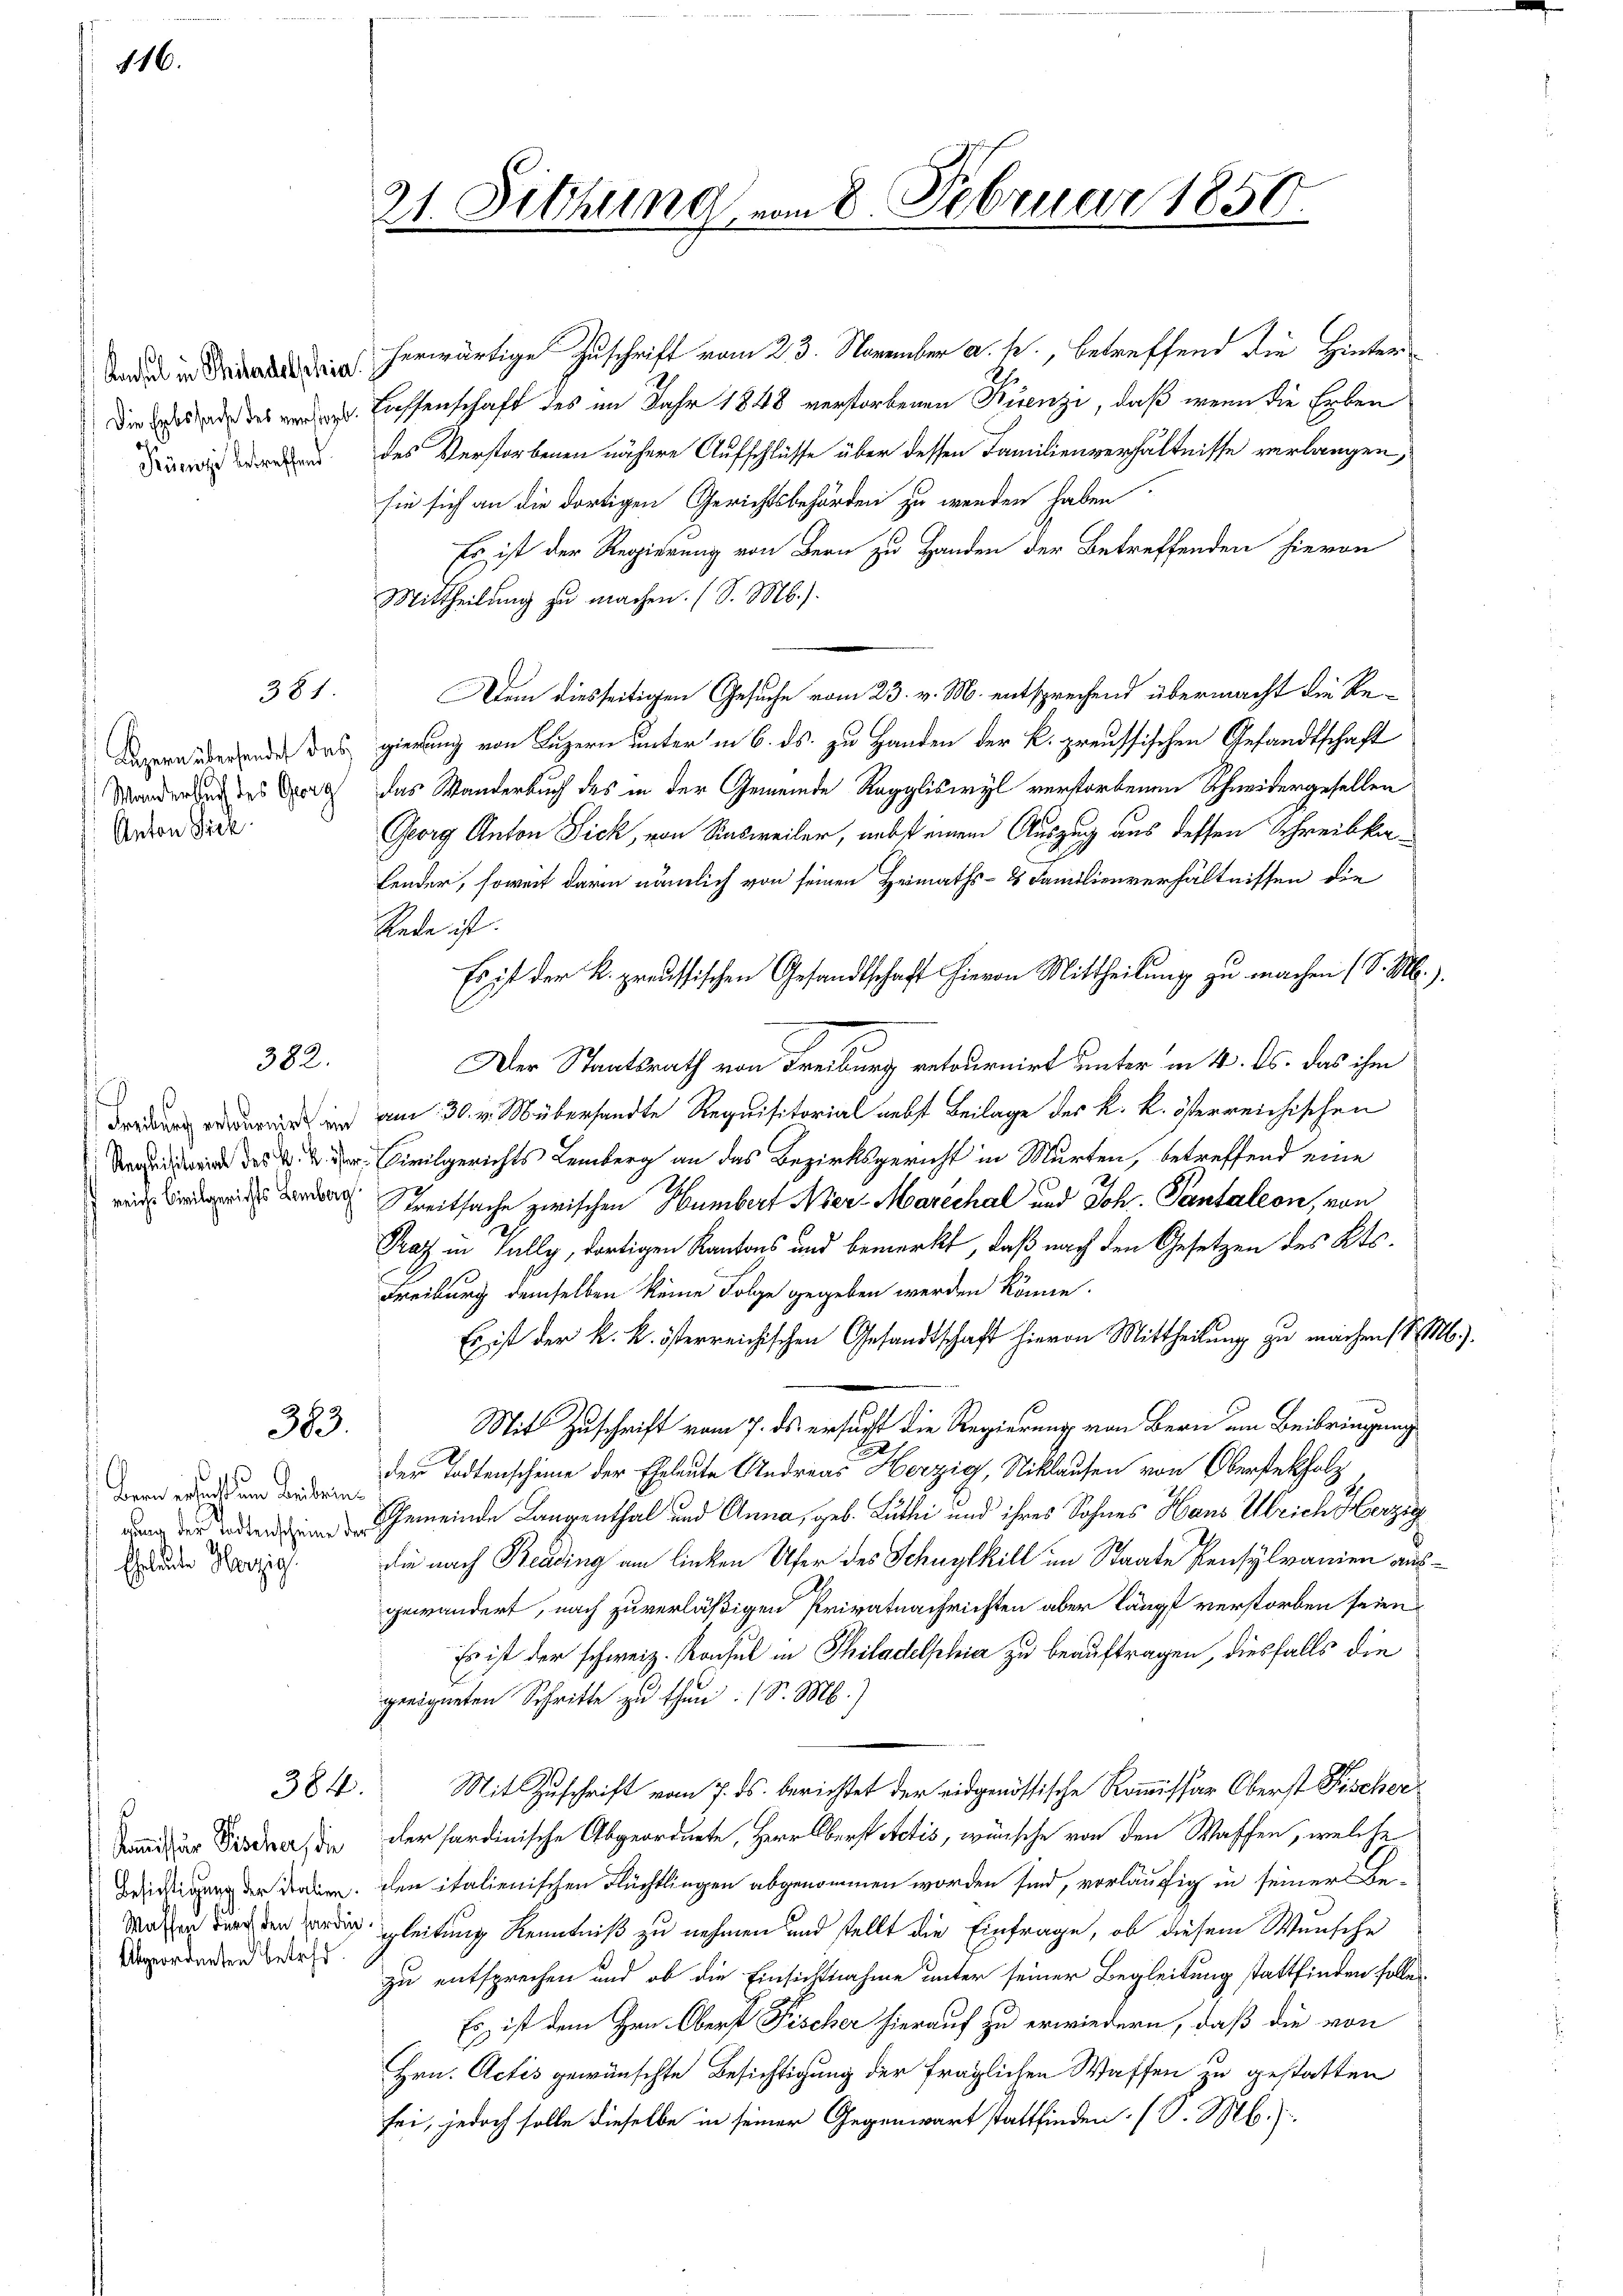
116.

Konsul in Philadelphia
Die Erbssache des verstorb.
Künzi betreffend

Aegern überhandet das
Manderbuch des Gerz
Anton Sick.

Freiburg erlournirt ein
Requisitorial des k. k. öster
reichs Civilgerichts Lemberg

381

382.

383.

Bern ersicht um Beibringung der Todtenscheine der
Eheleute Herzig.

384.

.
Kommissior Pischer, die
Besichtigung der Italien.
Waffen durch den fardin
Abgeordneten Betret

21. Sitzung vom 8. Februar 1851

herwärtige Zuschrift vom 23. November a. h., betreffend die Hinter
Lassenschaft des im Jahr 1848 verstorbenen Kuenzi, daß wenn die Erben
des Verstorbenen nähere Aufschlüsse über dessen Familienverhältnisse verlangen,
sie sich an die dortigen Gerichtsbehörden zu werden haben
Es ist der Regierung von Bern zu Handen der Betreffenden hievon
Mittheilung zu machen. (S. M.).
Dem diesseitigen Gesuche vom 23. v. M. entsprechend übermacht die Regierung von Luzern unter in 6. ds. zu Handen der k. preussischen Gesandtschaft
das Wanderbuch des in der Gemeinde Raggliswyl verstorbenen Schwidergesellen
Georg Anton Zick, von Rasweiler, nebst einem Auszug aus dessen Schreibsar¬
Lender, soweit darin nämlich von seinen Heimaths- 2 Familienverhältnissen die
Rede ist.
Es ist der k. preussischen Gesandtschaft hievon Mittheilung zu machen (S. M.)
Der Staatsrath von Freiburg retournirt unter in 4. ds. das ihm
am 30. v. Mübersandte Requisitorial nebst Beilage des k. k. österreichischen
Civilgerichts Lemberg an das Bezirksgericht in Murten, betreffend eine
Streitsache zwischen Humbert Nier-Marechal und Joh. Pantaleon von
Graz in Fully, dortigen Kantons und bemerkt, daß nach den Gesetzen des Kts.
Freiburg demselben keine Folge gegeben werden könne.
Es ist der k. k. österreichischen Gesandtschaft hievon Mittheilung zu machen S. M.).
Mit Zuschrift vom 7. ds. ersucht die Regierung von Bern um Beibringung
.
der Todtenscheine der Eheleute Andreas Herzig, Niklausen von Obersteckholz
Gemeinde Langenthal und Anna, geb. Luthei und ihres Sohnes Haus Ulrich Herzig
die nach Beding am linken Ufer des Schnylkill im Staate Pensylvanien ausgewändert, nach zuverläßigen Privatnachrichten aber längst verstorben seien
Es ist der schweiz. Konsul in Philadelphia zu beauftragen, diesfalls die
geeigneten Schritte zu thun. (S. M.)
Mit Zuschrift vom 7. ds. berichtet der eidgenössische Kommissär Oberst Fischer
der sardinische Abgeordnete, Herr Oberst Actis, wünsche von den Waffen, welche
den italienischen Flüchtlingen abgenommen worden sind, vorläufig in seiner Be-
gleitung Kenntniß zu nehmen und stellt die Einfrage, ob diesem Wunsche
zu entsprechen und ob die Einsichtnahme unter seiner Begleitung stattfinden sollen,
Es ist dem Hrn. Oberst Fischer hierauf zu erwiedern, daß die von
Hrn. Actis gewünschte Besichtigung der fraglichen Waffen zu gestatten
sei, jedoch solle dieselbe in seiner Gegenwart stattfinden. (S. M.).